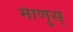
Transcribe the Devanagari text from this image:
माणुस्